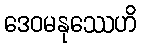
ဒေဝမနုဿေဟိ